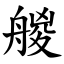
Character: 艐